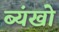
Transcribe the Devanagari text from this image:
ब्यंखो